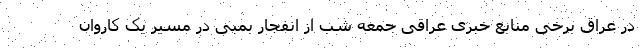
در عراق برخی منابع خبری عراقی جمعه شب از انفجار بمبی در مسیر یک کاروان